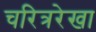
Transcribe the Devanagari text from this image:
चरित्ररेखा